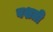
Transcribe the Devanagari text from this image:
वशती